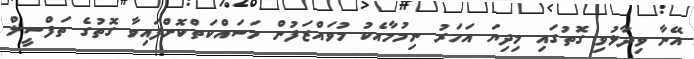
އޭނާ ވިދާޅުވި ގޮތުގައި މިދިޔަ އަހަރު ނިމުމާއެކު މުވައްޒަފުން މަސައްކަތްކޮށްފައިވާ ގޮތުގެ ތަފްސީލް